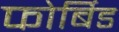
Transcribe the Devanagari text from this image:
फोर्बिड